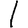
Digit: 1